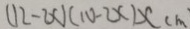
( 1 2 - 2 x ) ( 1 0 - 2 x ) x ( m )